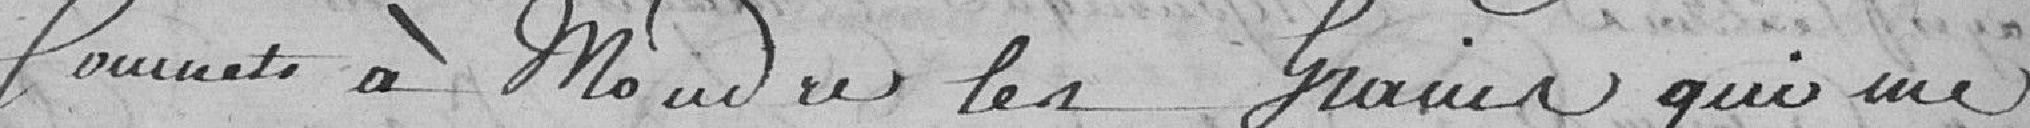
soumet à moudre les grains qui me